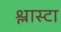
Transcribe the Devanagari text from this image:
श्लास्टा